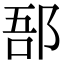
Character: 郚